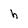
Character: h